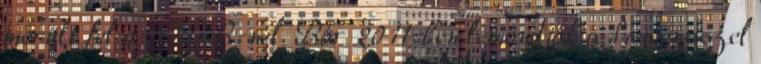
merült fel az ÖBB-nél. Bár 2011-ben lemondták a Siemensszel